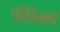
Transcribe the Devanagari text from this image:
परिनिर्माणों